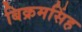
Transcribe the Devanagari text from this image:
बिक्रमसिंह